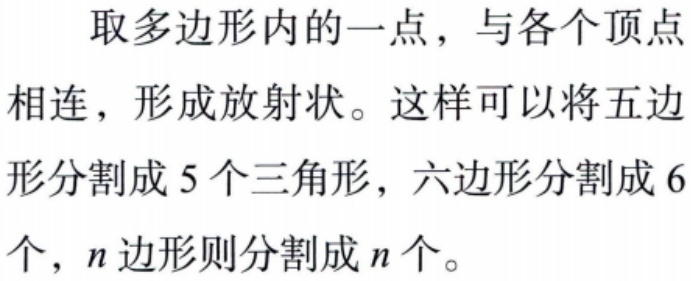
取多边形内的一点，与各个顶点相连，形成放射状。这样可以将五边形分割成 5 个三角形，六边形分割成 6 个，\(n\)边形则分割成 \(n\)个。